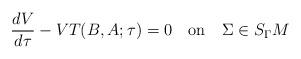
LaTeX: \begin{align*}\frac{dV}{d\tau}-VT(B,A;\tau)=0 \quad \mbox{on} \quad \Sigma \in S_{\Gamma}M \end{align*}